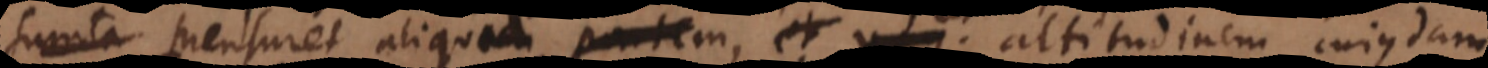
sumta mensuret aliquam partem, et v.g. altitudin